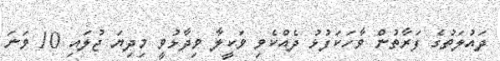
ދައުލަތުގެ ފަރާތުން ވާހަކަފުޅު ދެއްކެވި ވަކީލާ ވިދާޅުވީ މިދިޔަ ޖުލައި 10 ވަނަ